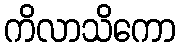
ကိလာသိကော